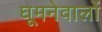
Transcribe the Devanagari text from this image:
घूमनेवालों